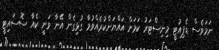
ނަމަވެސް ޑެޕިއުޓީ މިނިސްޓަރު ކަމަށް އައްޔަންކުރެއްވުމާ ގުޅިގެން އޭނާ ވަނީ ކެއާ ސޮސައިޓީ